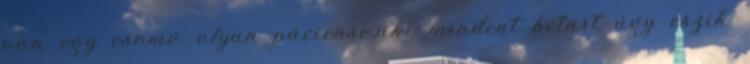
van egy csomó olyan páciense,aki mindent betart úgy eszik